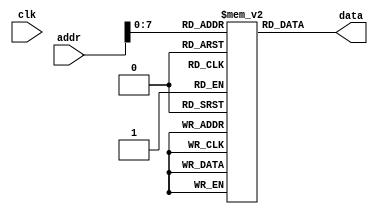
module INSTR_MEM(input clk, input [31:0] addr, output reg [31:0] data);
   // Declare the memory block.
	reg [31:0] MEM [128:0];
	
	// Initialize memory.
	initial begin
		/* SET 1 - Using NOPs to mitigate data hazards. 
		MEM[0]  <= 32'b100011_00000_00001_0000_0000_0000_0001;  // LW r1 , 1(r0)
		MEM[1]  <= 32'b100011_00000_00010_0000_0000_0000_0010;  // LW r2 , 2(r0)
		MEM[2]  <= 32'b100011_00000_00011_0000_0000_0000_0011;  // LW r3 , 3(r0)
		MEM[3]  <= 32'b1000_0000_0000_0000_0000_0000_0000_0000; // NOP
		MEM[4]  <= 32'b1000_0000_0000_0000_0000_0000_0000_0000; // NOP
		MEM[5]  <= 32'b000000_00001_00010_00001_00000_100000;   // ADD r1, r1, r2
		MEM[6]  <= 32'b1000_0000_0000_0000_0000_0000_0000_0000; // NOP
		MEM[7]  <= 32'b1000_0000_0000_0000_0000_0000_0000_0000; // NOP
		MEM[8]  <= 32'b1000_0000_0000_0000_0000_0000_0000_0000; // NOP		
		MEM[9]  <= 32'b000000_00001_00011_00001_00000_100000;   // ADD r1, r1, r3		
		MEM[10] <= 32'b1000_0000_0000_0000_0000_0000_0000_0000; // NOP
		MEM[11] <= 32'b1000_0000_0000_0000_0000_0000_0000_0000; // NOP
		MEM[12] <= 32'b1000_0000_0000_0000_0000_0000_0000_0000; // NOP			
		MEM[13] <= 32'b000000_00001_00001_00001_00000_100000;   // ADD r1, r1, r1		
		MEM[14] <= 32'b1000_0000_0000_0000_0000_0000_0000_0000; // NOP
		MEM[15] <= 32'b1000_0000_0000_0000_0000_0000_0000_0000; // NOP
		MEM[16] <= 32'b1000_0000_0000_0000_0000_0000_0000_0000; // NOP
		MEM[17] <= 32'b1000_0000_0000_0000_0000_0000_0000_0000; // NOP		
		MEM[18] <= 32'b000000_00001_00000_00001_00000_100000;   // ADD r1, r1, r0		
		MEM[19] <= 32'b1000_0000_0000_0000_0000_0000_0000_0000; // NOP
		MEM[20] <= 32'b1000_0000_0000_0000_0000_0000_0000_0000; // NOP
		MEM[21] <= 32'b1000_0000_0000_0000_0000_0000_0000_0000; // NOP
		MEM[22] <= 32'b1000_0000_0000_0000_0000_0000_0000_0000; // NOP
		MEM[23] <= 32'b1000_0000_0000_0000_0000_0000_0000_0000; // NOP
		*/
		/* SET 2 - Using ordering of instructions to mitigate data hazards. 
		MEM[0]  <= 32'b100011_00000_00001_0000_0000_0000_0001;  // LW r1, 1(r0)
		MEM[1]  <= 32'b100011_00000_00010_0000_0000_0000_0010;  // LW r2, 2(r0)
		MEM[2]  <= 32'b100011_00000_00011_0000_0000_0000_0011;  // LW r3, 3(r0)
		MEM[3]  <= 32'b100011_00000_00100_0000_0000_0000_0100;  // LW r4, 4(r0)
		MEM[4]  <= 32'b100011_00000_00101_0000_0000_0000_0101;  // LW r5, 5(r0)
		MEM[5]  <= 32'b101011_00000_00001_0000_0000_0000_0110;  // SW r1, 6(r0)
		MEM[6]  <= 32'b101011_00000_00010_0000_0000_0000_0111;  // SW r2, 7(r0)
		MEM[7]  <= 32'b101011_00000_00011_0000_0000_0000_1000;  // SW r3, 8(r0)
		MEM[8]  <= 32'b101011_00000_00100_0000_0000_0000_1001;  // SW r4, 9(r0)
		MEM[9]  <= 32'b101011_00000_00101_0000_0000_0000_1010;  // SW r5, 10(r0)
		*/
		/* SET 3 - Using forwarding to mitigate data hazards. */
		MEM[0] <= 32'b1000_0000_0000_0000_0000_0000_0000_0000; // NOP
		MEM[1]  <= 32'b001000_00001_00001_0000000000000001;   // ADD r1, r1, 1
		MEM[2]  <= 32'b001000_00010_00010_0000000000000010;   // ADD r2, r2, 2
		
	end

   // Assign the contents at the requested memory address to data.
	always @ *
	begin
		data <= MEM[addr];
	end
endmodule